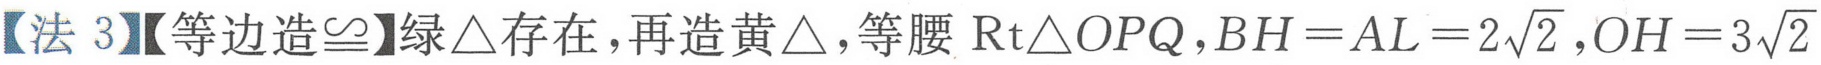
【法3】【等边造\(\cong\)】绿\(\triangle\)存在，再造黄\(\triangle\)，等腰\(\text{Rt}\triangle OPQ\)，\(BH = AL = 2\sqrt{2}\)，\(OH = 3\sqrt{2}\)